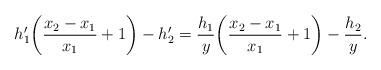
LaTeX: \begin{align*}h_1'\bigg(\frac{x_2-x_1}{x_1}+1\bigg)-h_2'=\frac{h_1}{y}\bigg(\frac{x_2-x_1}{x_1}+1\bigg)-\frac{h_2}{y}.\end{align*}